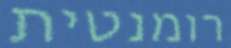
רומנטית